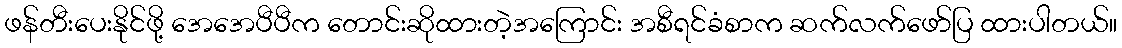
ဖန်တီးပေးနိုင်ဖို့ အေအေပီပီက တောင်းဆိုထားတဲ့အကြောင်း အစီရင်ခံစာက ဆက်လက်ဖော်ပြ ထားပါတယ်။